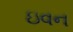
ઇવન